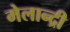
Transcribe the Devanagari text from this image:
मेलान्द्री